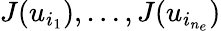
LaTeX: J(u_{i_{1}}),\ldots,J(u_{i_{n_{e}}})